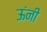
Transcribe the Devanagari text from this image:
ऊंनी